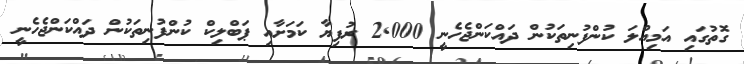
ގޮތުގައި އަމިއްލަ ކުންފުނިތަކުން ދައްކަންޖެހެނީ 2